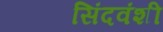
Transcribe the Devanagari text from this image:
सिंदवंशी